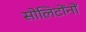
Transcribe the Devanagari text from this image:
सोलिटोंनों